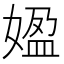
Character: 𡟚